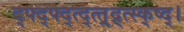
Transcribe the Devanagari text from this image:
द्फ्द्फ्द्त्द्त्त्र्द्र्त्स्क्ष्द्।